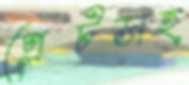
প্লেটসহ